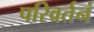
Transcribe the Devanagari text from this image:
परिवर्तनं